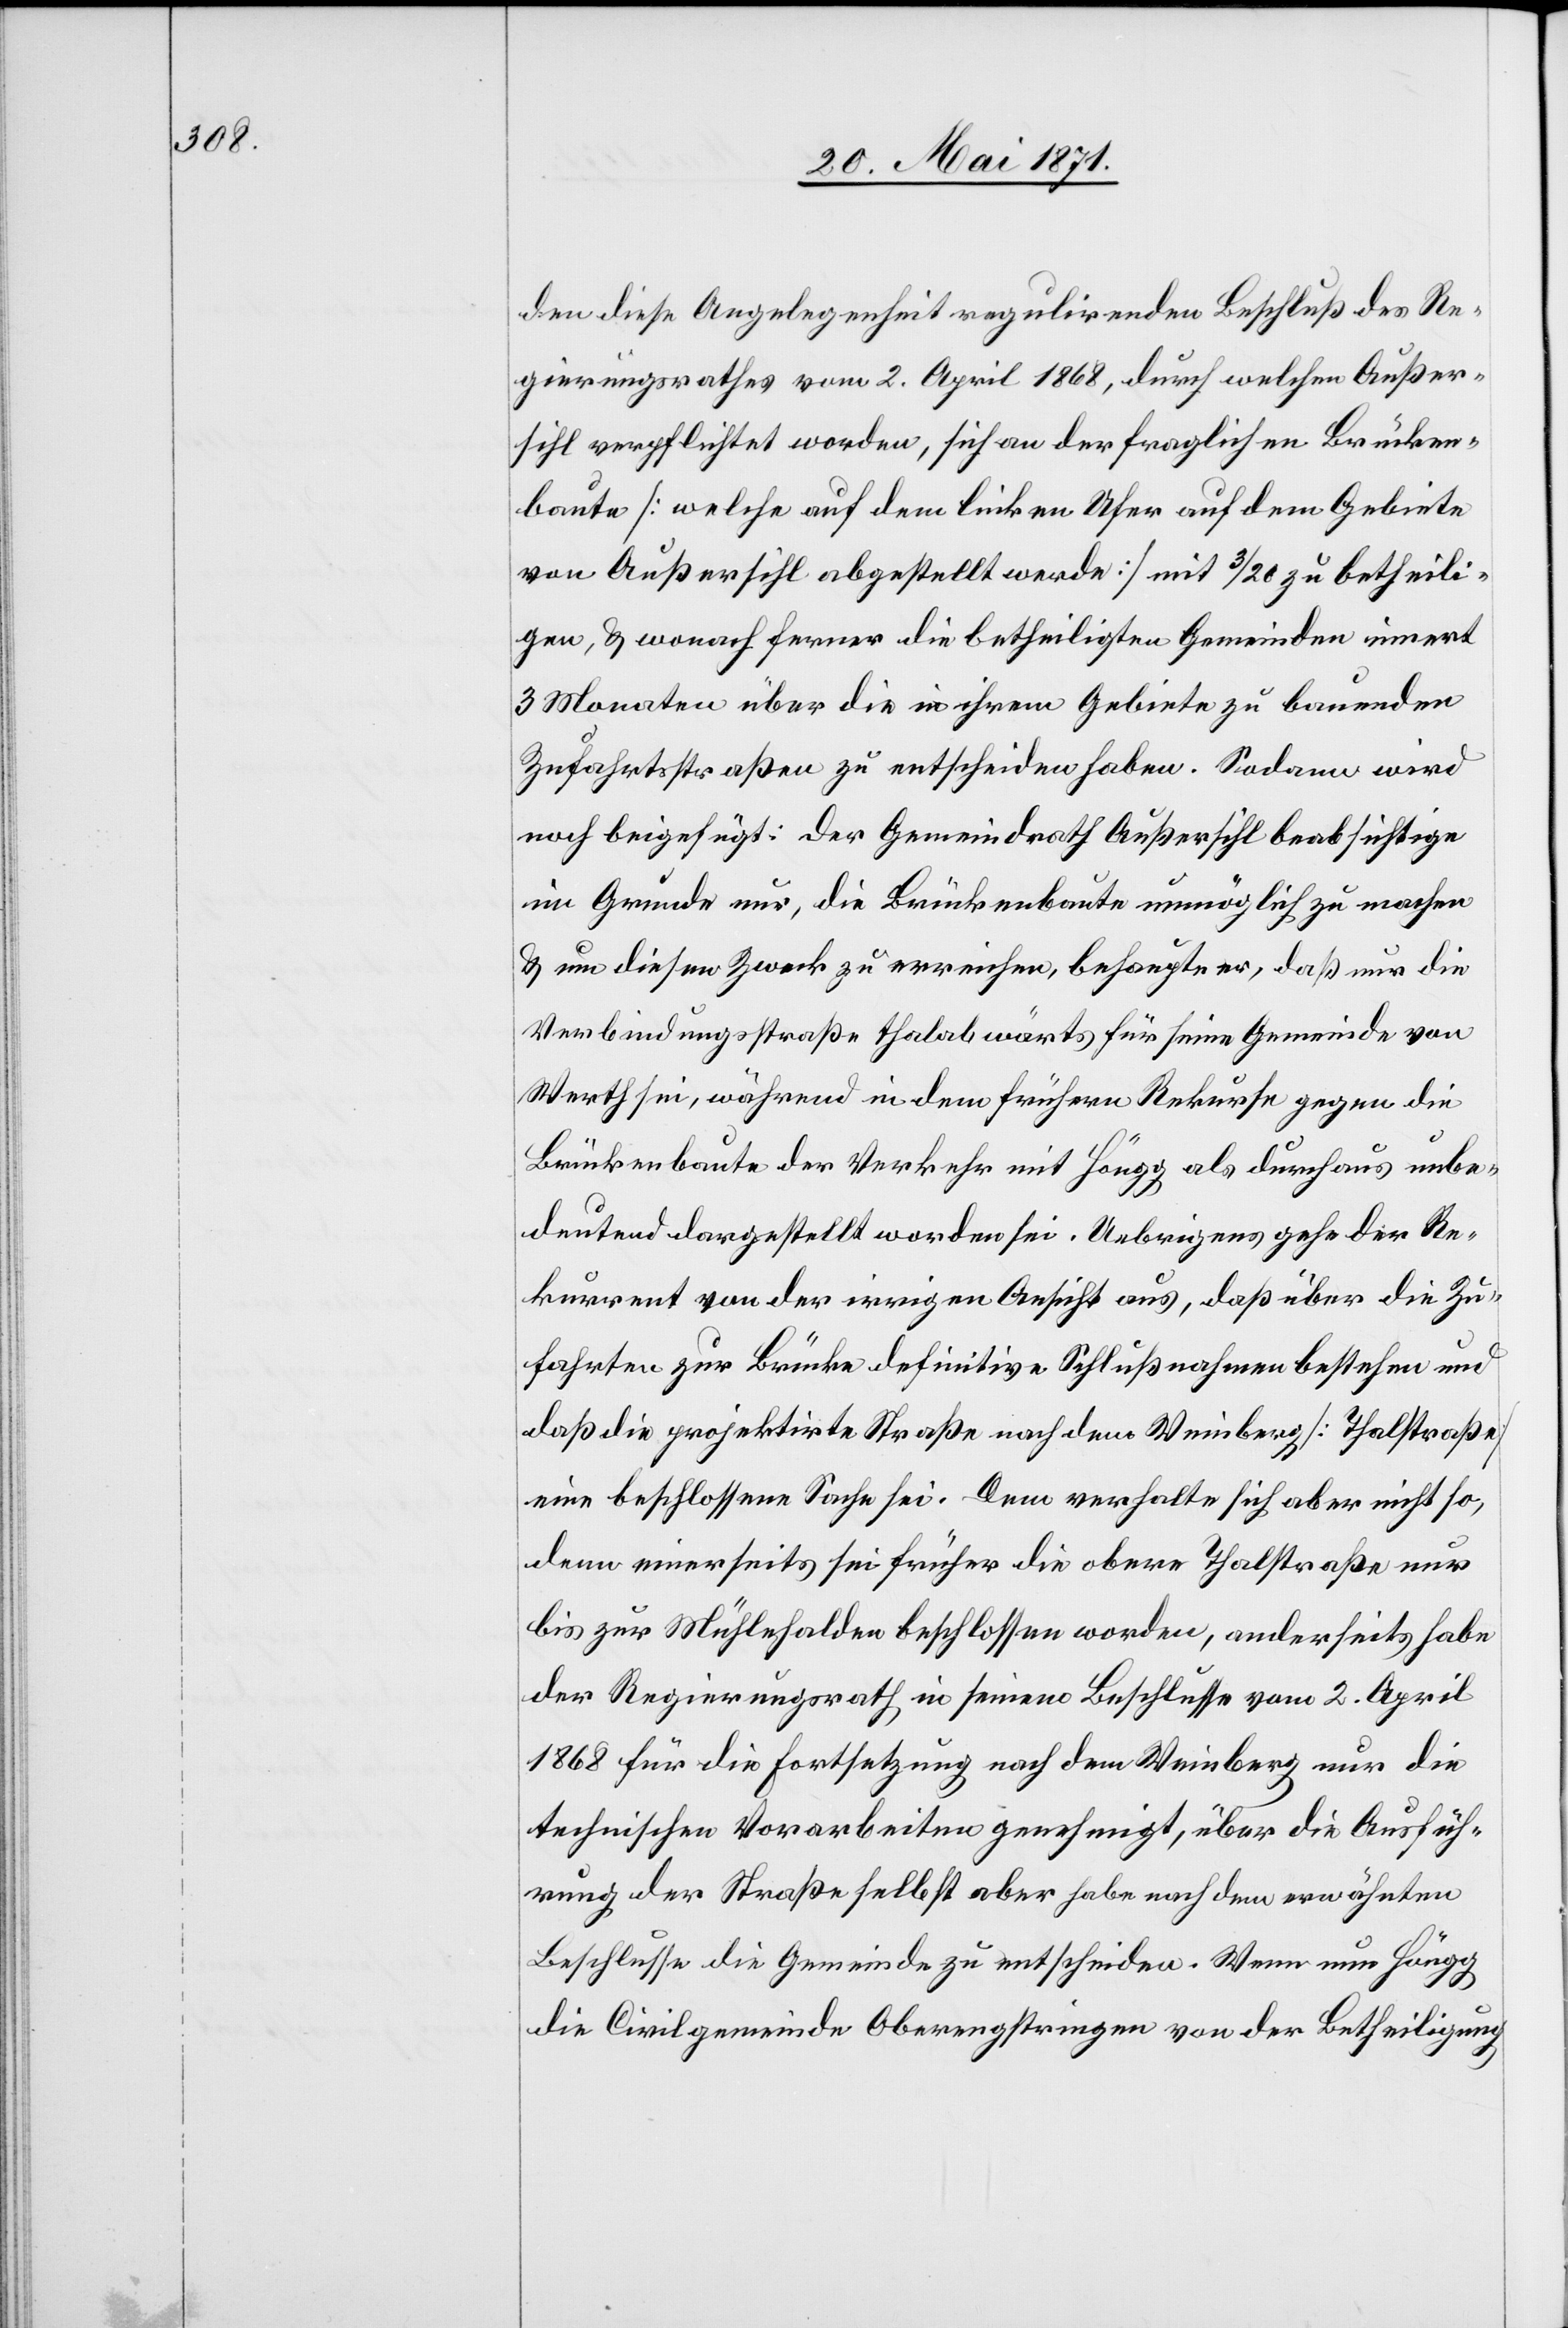
den diese Angelegenheit regulirenden Beschluß des Re¬
gierungsrathes vom 2. April 1868, durch welchen Außer¬
sihl verpflichtet worden, sich an der fraglichen Brücken¬
baute [welche auf dem linken Ufer auf dem Gebiete
von Außersihl abgestellt werde] mit 3/20 zu betheili¬
gen, u. wonach ferner die betheiligten Gemeinden innert
3 Monaten über die in ihrem Gebiete zu bauenden
Zufahrtsstraßen zu entscheiden haben. Sodann wird
noch beigefügt: Der Gemeindrath Außersihl beabsichtige
im Grund nur, die Brückenbaute unmöglich zu machen
u. um diesen Zweck zu erreichen, behaupte er, daß nur die
Verbindungsstraße thalabwärts für seine Gemeinde von
Werth sei, während in dem frühern Rekurse gegen die
Brückenbaute der Verkehr mit Höngg als durchaus unbe¬
deutend dargestellt worden sei. Uebrigens gehe der Re¬
kurrent von der irrigen Ansicht aus, daß über die Zu¬
fahrten zur Brücke definitive Schlußnahmen bestehen und
daß die projektirte Straße nach dem Weinberg [Thalstraße]
eine beschlossene Sache sei. Dem verhalte sich aber nicht so,
denn einerseits sei früher die obere Thalstraße nur
bis zur Mühlehalden beschlossen worden, anderseits habe
der Regierungsrath in seinem Beschlusse vom 2. April
1868 für die Fortsetzung nach dem Weinberg nur die
technischen Vorarbeiten genehmigt, über die Ausfüh¬
rung der Straße selbst aber habe nach dem erwähnten
Beschlusse die Gemeinde zu entscheiden. Wenn nun Höngg
die Civilgemeinde Oberengstringen von der Betheilung